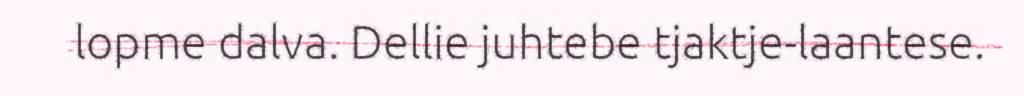
lopme dalva. Dellie juhtebe tjaktje-laantese.